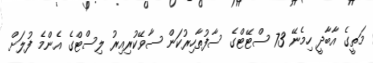
މަތީގެ އާބާދީ ހިމެނޭ 73 ސްޓޭޓްގެ ސާފުތާހިރުކަން ސާވޭކުރިއިރު ލިސްޓްގެ އެންމެ ފުލަށް